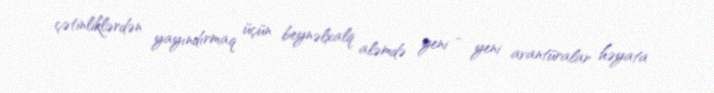
çətinliklərdən yayındırmaq üçün beynəlxalq aləmdə yeni - yeni avantüralar həyata